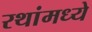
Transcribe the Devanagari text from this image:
रथांमध्ये